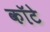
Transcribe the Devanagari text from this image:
कॉटे